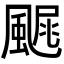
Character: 𩘂